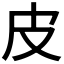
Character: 皮